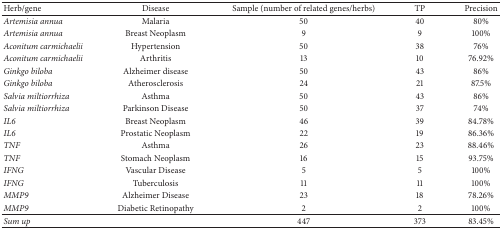
<table><thead><tr><td><b>Herb/gene </b></td><td><b>Disease </b></td><td><b>Sample (number of related genes/herbs) </b></td><td><b>TP </b></td><td><b>Precision </b></td></tr></thead><tbody><tr><td><i>Artemisia annua </i></td><td>Malaria </td><td>50 </td><td>40 </td><td>80% </td></tr><tr><td><i>Artemisia annua </i></td><td>Breast Neoplasm </td><td>9 </td><td>9 </td><td>100% </td></tr><tr><td><i>Aconitum carmichaelii </i></td><td>Hypertension </td><td>50 </td><td>38 </td><td>76% </td></tr><tr><td><i>Aconitum carmichaelii </i></td><td>Arthritis </td><td>13 </td><td>10 </td><td>76.92% </td></tr><tr><td><i>Ginkgo biloba </i></td><td>Alzheimer disease </td><td>50 </td><td>43 </td><td>86% </td></tr><tr><td><i>Ginkgo biloba </i></td><td>Atherosclerosis </td><td>24 </td><td>21 </td><td>87.5% </td></tr><tr><td><i>Salvia miltiorrhiza </i></td><td>Asthma </td><td>50 </td><td>43 </td><td>86% </td></tr><tr><td><i>Salvia miltiorrhiza </i></td><td>Parkinson Disease </td><td>50 </td><td>37 </td><td>74% </td></tr><tr><td><i>IL6 </i></td><td>Breast Neoplasm </td><td>46 </td><td>39 </td><td>84.78% </td></tr><tr><td><i>IL6 </i></td><td>Prostatic Neoplasm </td><td>22 </td><td>19 </td><td>86.36% </td></tr><tr><td><i>TNF </i></td><td>Asthma </td><td>26 </td><td>23 </td><td>88.46% </td></tr><tr><td><i>TNF </i></td><td>Stomach Neoplasm </td><td>16 </td><td>15 </td><td>93.75% </td></tr><tr><td><i>IFNG </i></td><td>Vascular Disease </td><td>5 </td><td>5 </td><td>100% </td></tr><tr><td><i>IFNG </i></td><td>Tuberculosis </td><td>11 </td><td>11 </td><td>100% </td></tr><tr><td><i>MMP9 </i></td><td>Alzheimer Disease </td><td>23 </td><td>18 </td><td>78.26% </td></tr><tr><td><i>MMP9 </i></td><td>Diabetic Retinopathy </td><td>2 </td><td>2 </td><td>100% </td></tr><tr><td><i>Sum up </i></td><td> </td><td>447 </td><td>373 </td><td>83.45% </td></tr></tbody></table>